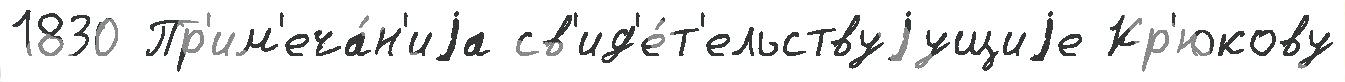
1830 Пр'им'еча́н'иjа св'ид'е́т'ельствуjущиjе Кр'юкову